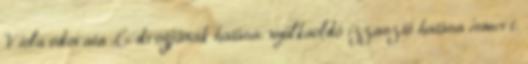
Viola odorata L. drogjának hatása: nyálkaoldó izzasztó hatása ismert.